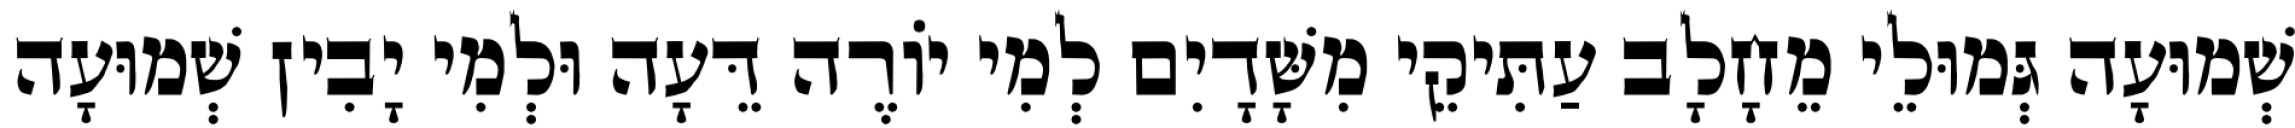
שְׁמוּעָה גְּמוּלֵי מֵחָלָב עַתִּיקֵי מִשָּׁדָיִם לְמִי יוֹרֶה דֵּעָה וּלְמִי יָבִין שְׁמוּעָה